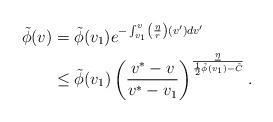
LaTeX: \begin{align*} \tilde{\phi}(v)&=\tilde{\phi}(v_1)e^{-\int_{v_1}^v\left(\frac{\eta}{r}\right)(v')dv'}\\&\leq\tilde{\phi}(v_1)\left(\frac{v^\ast-v}{v^\ast-v_1}\right)^{\frac{\underline{\eta}}{\frac{1}{2}\tilde{\phi}(v_1)-\tilde{C}}}.\end{align*}